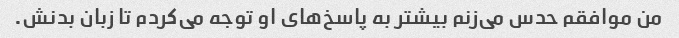
من موافقم حدس می‌زنم بیشتر به پاسخ‌های او توجه می‌کردم تا زبان بدنش.